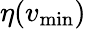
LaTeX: \eta(v_{\mathrm{min}})